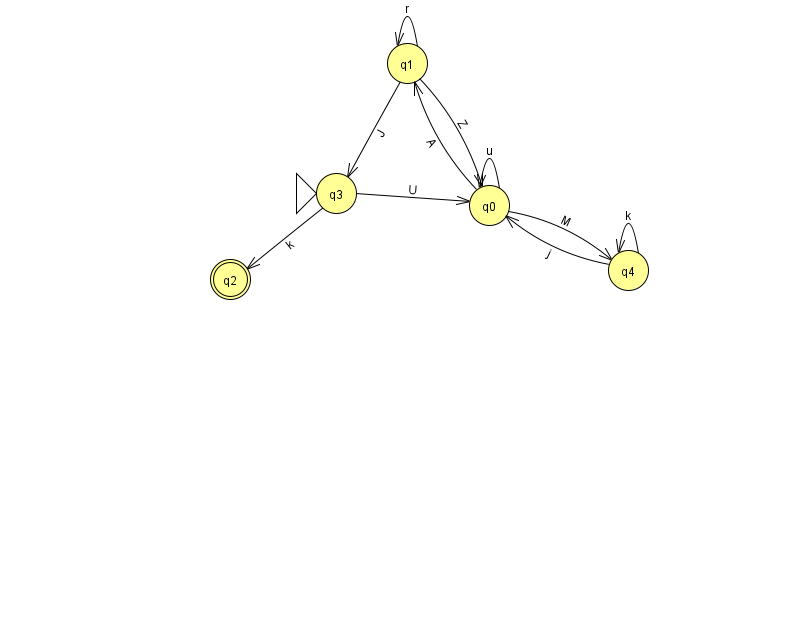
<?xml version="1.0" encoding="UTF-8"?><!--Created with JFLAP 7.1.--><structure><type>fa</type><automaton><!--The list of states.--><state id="0" name="q0"><x>489.0</x><y>192.0</y></state><state id="1" name="q1"><x>407.0</x><y>50.0</y></state><state id="2" name="q2"><x>230.0</x><y>266.0</y><final/></state><state id="3" name="q3"><x>336.0</x><y>180.0</y><initial/></state><state id="4" name="q4"><x>628.0</x><y>257.0</y></state><!--The list of transitions.--><transition><from>3</from><to>0</to><read>U</read></transition><transition><from>4</from><to>0</to><read>j</read></transition><transition><from>1</from><to>1</to><read>r</read></transition><transition><from>1</from><to>3</to><read>J</read></transition><transition><from>0</from><to>0</to><read>u</read></transition><transition><from>0</from><to>4</to><read>M</read></transition><transition><from>1</from><to>0</to><read>Z</read></transition><transition><from>3</from><to>2</to><read>k</read></transition><transition><from>4</from><to>4</to><read>k</read></transition><transition><from>0</from><to>1</to><read>A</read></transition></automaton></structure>